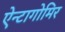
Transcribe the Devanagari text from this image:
ऐन्टागोमिर